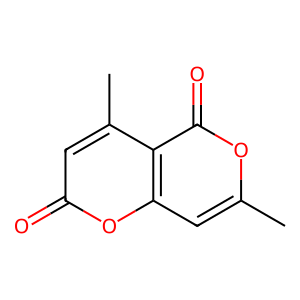
SMILES: Cc1cc2oc(=O)cc(C)c2c(=O)o1
Inhibits HIV replication: No